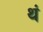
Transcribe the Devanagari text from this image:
थं